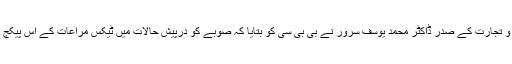
خیبر پختونخوا میں ایوان صنعت و تجارت کے صدر ڈاکٹر محمد یوسف سرور نے بی بی سی کو بتایا کہ صوبے کو درپیش حالات میں ٹیکس مراعات کے اس پیکج میں توسیع انتہائی ضروری تھی۔